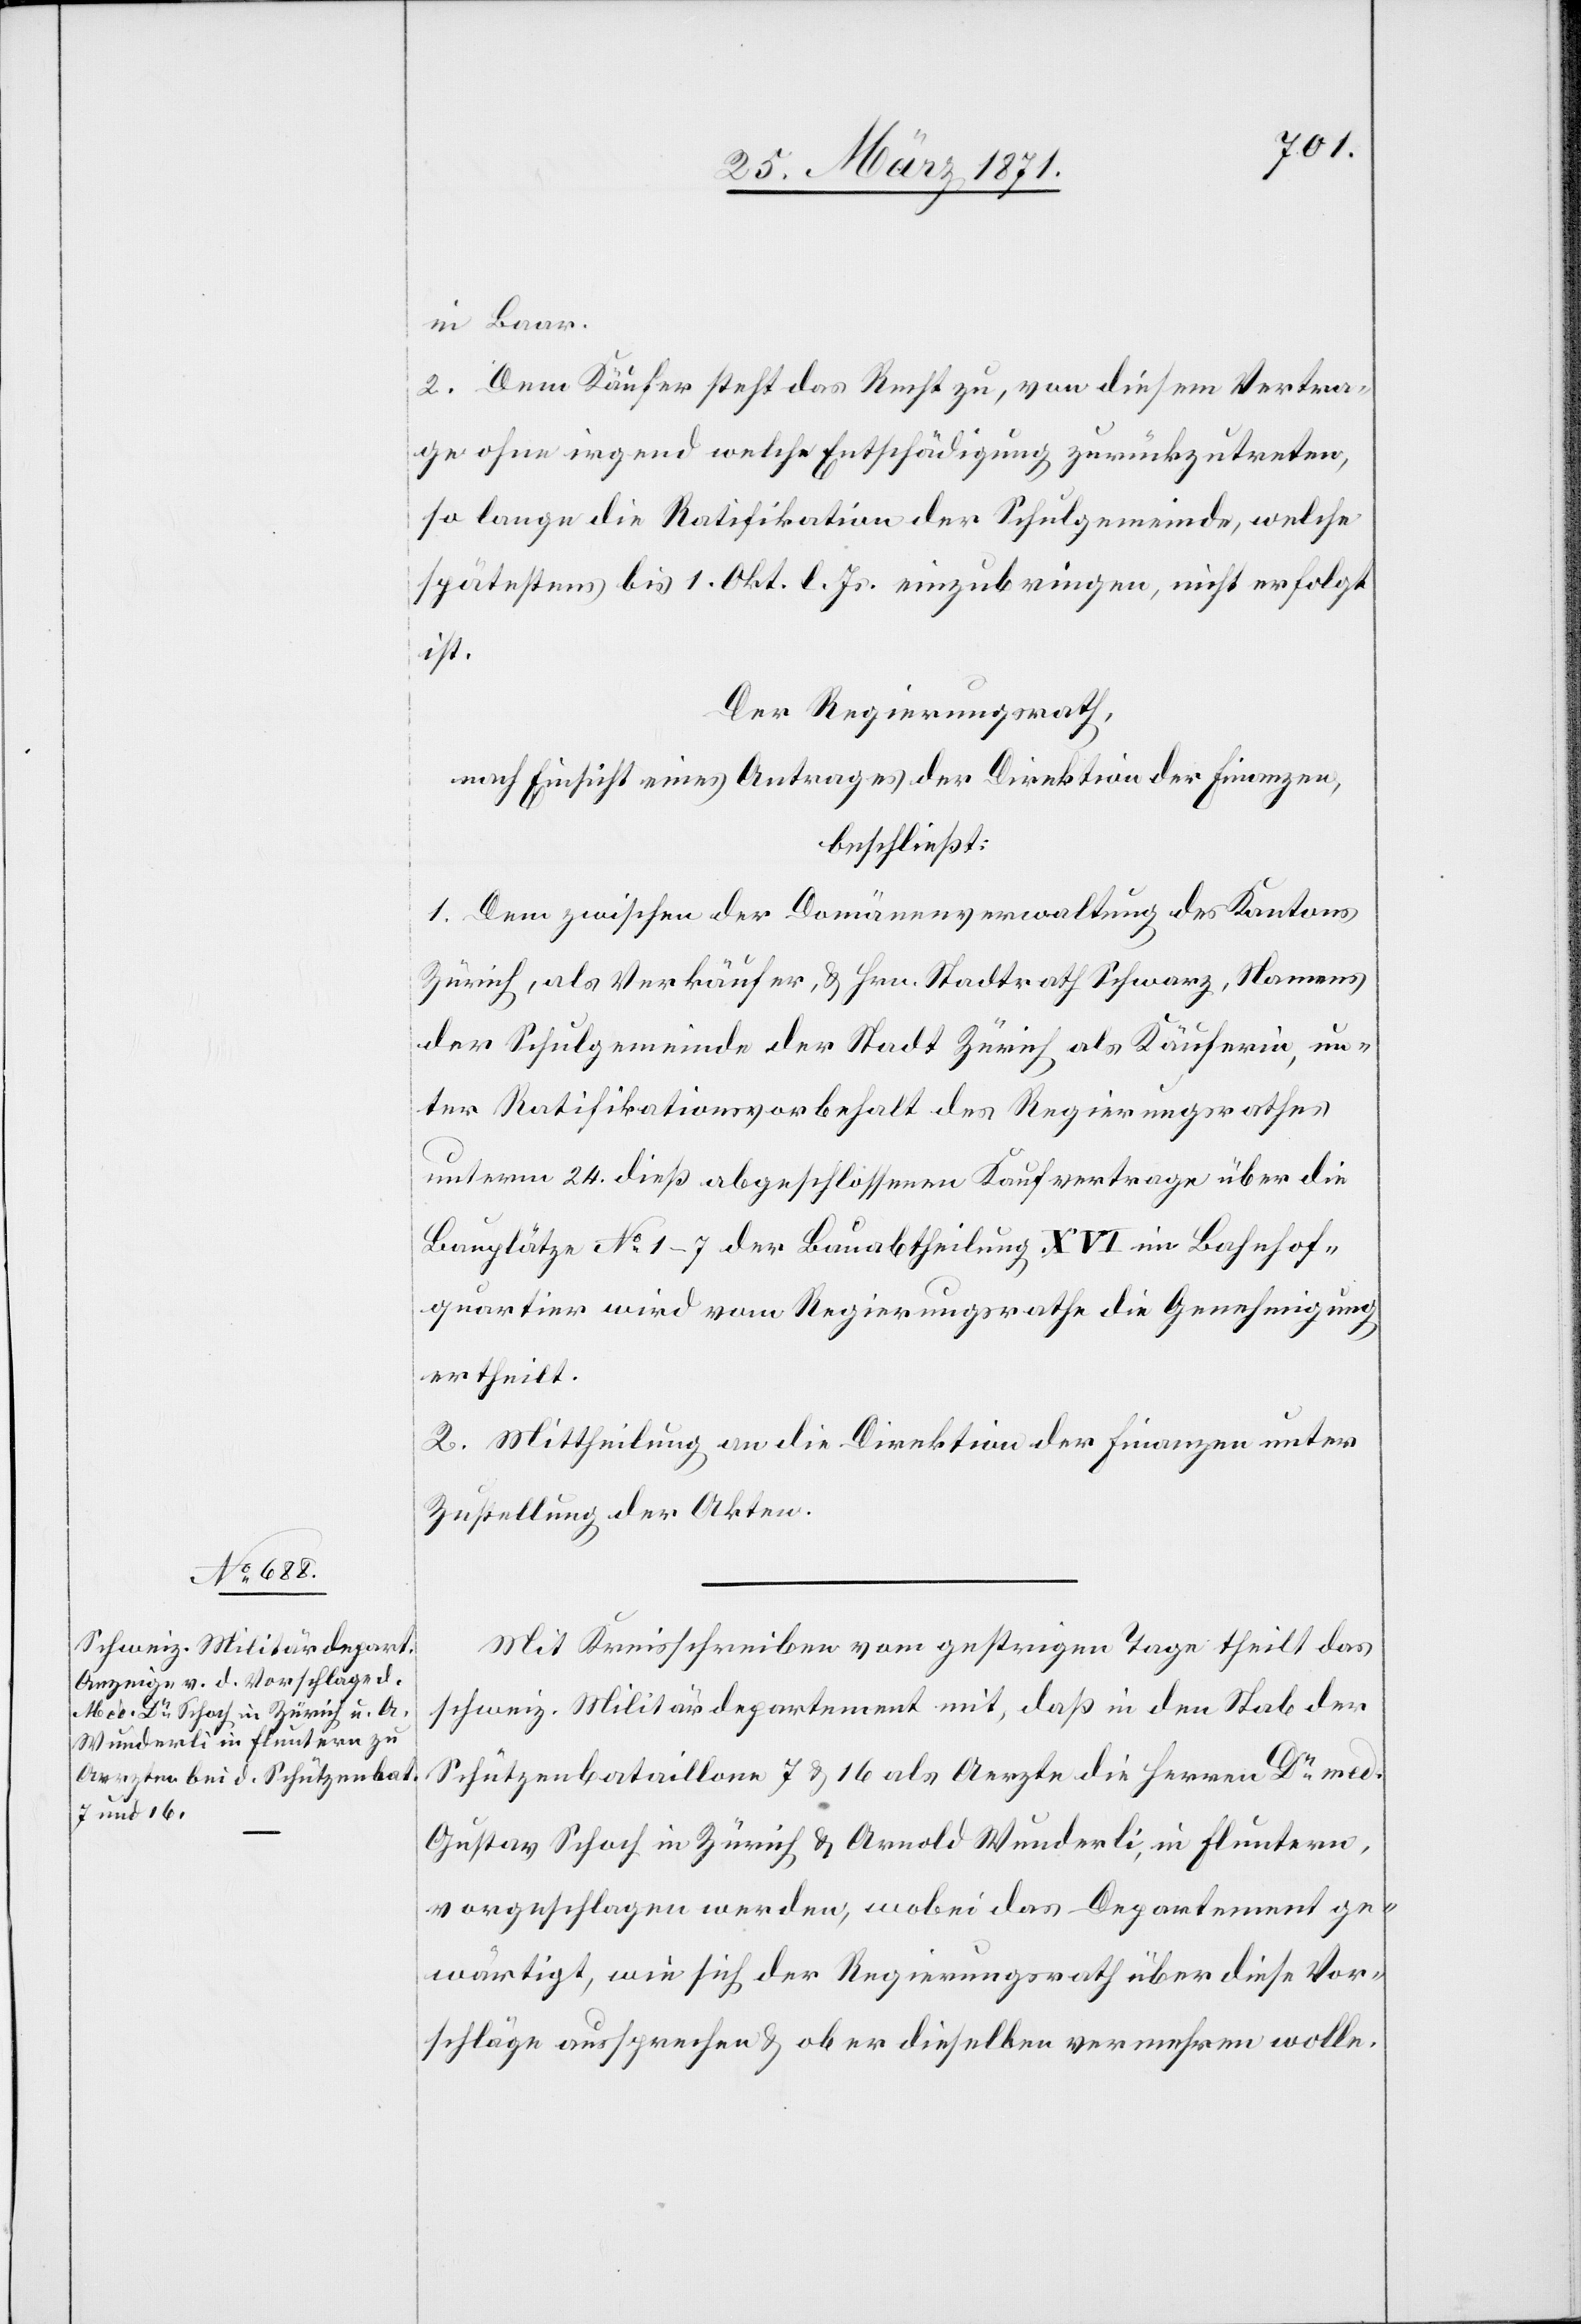
in Baar.
2. Dem Käufer steht das Recht zu, von diesem Vertra¬
ge ohne irgend welche Entschädigung zurückzutreten,
so lange die Ratifikation der Schulgemeinde, welche
spätestens bis 1. Okt. l. Js. einzubringen, nicht erfolgt
ist.
Der Regierungsrath,
nach Einsicht eines Antrages der Direktion der Finanzen,
beschließt:
1. Dem zwischen der Domänenverwaltung des Kantons
Zürich, als Verkäufer, u. Hrn. Stadtrath Schwarz, Namens
der Schulgemeinde der Stadt Zürich als Käuferin, un¬
ter Ratifikationsvorbehalt des Regierungsrathes
unterm 24. dieß abgeschlossenen Kaufvertrage über die
Bauplätze No. 1–7 der Bauabtheilung XVI im Bahnhof¬
quartier wird vom Regierungsrathe die Genehmigung
ertheilt.
2. Mittheilung an die Direktion der Finanzen unter
Zustellung der Akten.
Mit Kreisschreiben vom gestrigen Tage theilt das
schweiz. Militärdepartement mit, daß in den Stab der
Schützenbataillone 7 u. 16 als Aerzte die Herren Dr. med.
Gustav Schoch in Zürich u. Arnold Wunderli, in Fluntern,
vorgeschlagen werden, wobei das Departement ge¬
wärtigt, wie sich der Regierungsrath über diese Vor¬
schläge aussprechen u. ob er dieselben vermehren wolle.